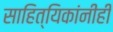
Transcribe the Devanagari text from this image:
साहित्यिकांनीही